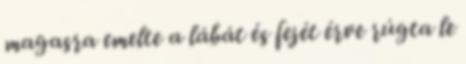
magasra emelte a lábát és fejét érve rúgta le